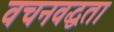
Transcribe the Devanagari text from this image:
वचनवद्धता